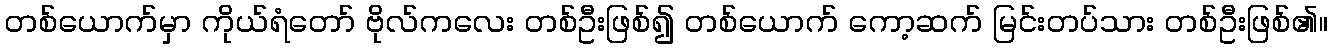
တစ်ယောက်မှာ ကိုယ်ရံတော် ဗိုလ်ကလေး တစ်ဦးဖြစ်၍ တစ်ယောက် ကော့ဆက် မြင်းတပ်သား တစ်ဦးဖြစ်၏။